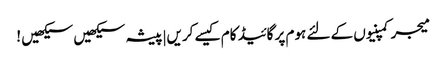
میجر کمپنیوں کے لئے ہوم پر گائیڈ کام کیسے کریں|پیشہ سیکھیں سیکھیں !